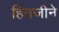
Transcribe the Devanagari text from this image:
हितजीने